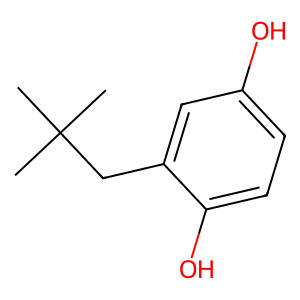
SMILES: CC(C)(C)Cc1cc(O)ccc1O
Inhibits HIV replication: Yes